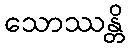
သောဿန္တိ